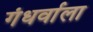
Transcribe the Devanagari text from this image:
गंधर्वाला